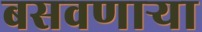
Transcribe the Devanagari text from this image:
बसवणार्‍या